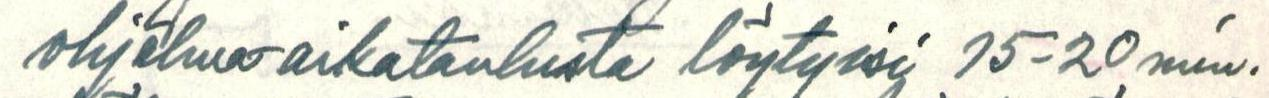
ohjelma-aikataulusta löytyisi 15-20 min.